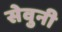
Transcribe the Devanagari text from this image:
सेवुनी